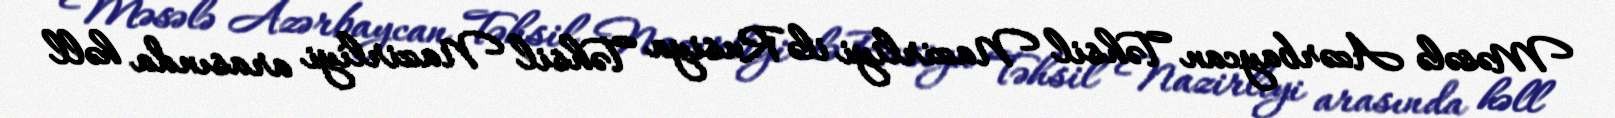
Məsələ Azərbaycan Təhsil Nazirliyi ilə Rusiya Təhsil Nazirliyi arasında həll